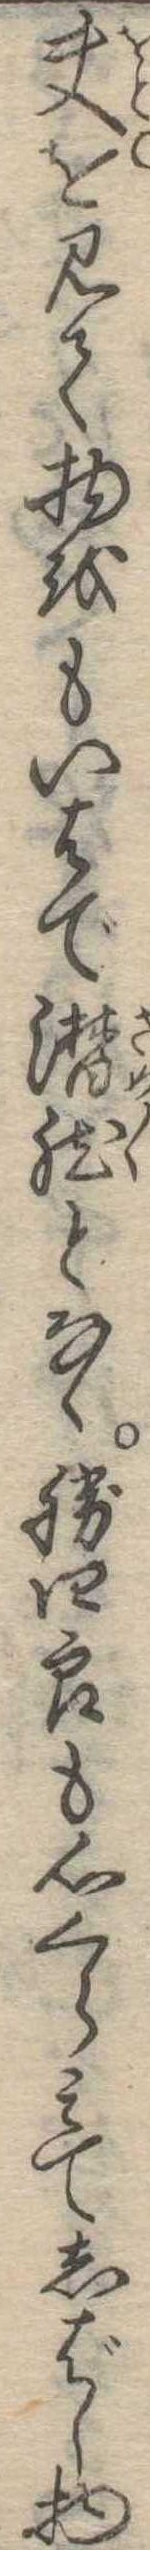
夫を見て物をもいはで潜然となく勝四郎も心くらみてしばし物